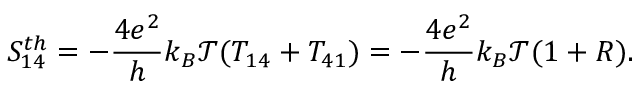
{ S _ { 1 4 } ^ { t h } } = - \frac { 4 e ^ { 2 } } { h } k _ { B } \mathcal { T } ( T _ { 1 4 } + T _ { 4 1 } ) = - \frac { 4 e ^ { 2 } } { h } k _ { B } \mathcal { T } ( 1 + R ) .